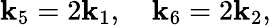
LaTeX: \mathbf{k}_{5}=2\mathbf{k}_{1},\quad\mathbf{k}_{6}=2\mathbf{k}_{2},